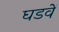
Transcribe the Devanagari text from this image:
घडवें